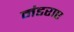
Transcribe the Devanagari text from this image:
मंडराए